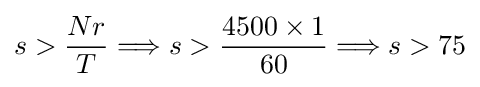
s>{\frac {Nr}{T}}\Longrightarrow s>{\frac {4500\times 1}{60}}\Longrightarrow s>75